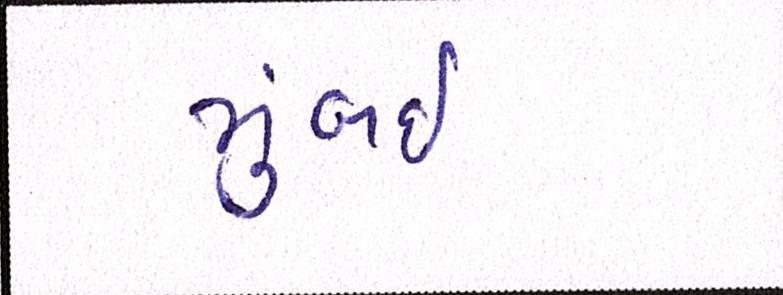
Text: મુંબઈઃ